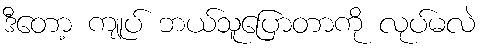
ဒီတော့ ကျုပ် ဘယ်သူပြောတာကို လုပ်မလဲ